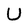
Character: U